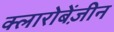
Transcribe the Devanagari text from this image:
क्लारोबेंज़ीन